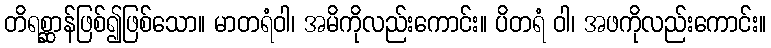
တိရစ္ဆာန်ဖြစ်၍ဖြစ်သော။ မာတရံဝါ၊ အမိကိုလည်းကောင်း။ ပိတရံ ဝါ၊ အဖကိုလည်းကောင်း။